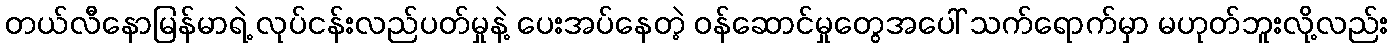
တယ်လီနောမြန်မာရဲ့ လုပ်ငန်းလည်ပတ်မှုနဲ့ ပေးအပ်နေတဲ့ ဝန်ဆောင်မှုတွေအပေါ် သက်ရောက်မှာ မဟုတ်ဘူးလို့လည်း